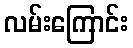
လမ်းကြောင်း